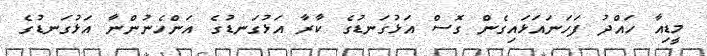
މީޑިއާ ހައްދު ފަހަނައަޅައިގެން ގޮސް އަޅުގަނޑުގެ ކާރާ އަޅުގަނޑުގެ އަންހެނުންނާ އަޅުގަނޑުގެ